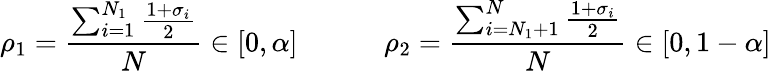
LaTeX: \rho_{1}=\frac{\sum_{i=1}^{N_{1}}\frac{1+\sigma_{i}}{2}}{N}\in[0,\alpha]\; \; \; \; \; \; \; \; \; \; \; \rho_{2}=\frac{\sum_{i=N_{1}+1}^{N}\frac{1+\sigma_{i}}{2}}{N}\in[0,1-\alpha]